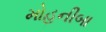
મોહનીબા